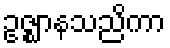
ဥဇ္ဈာနသညိကာ